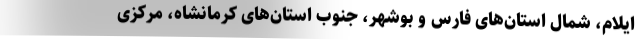
ایلام، شمال استان‌های فارس و بوشهر، جنوب استان‌های کرمانشاه، مرکزی